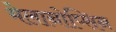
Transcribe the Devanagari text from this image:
मेलानोप्सिन